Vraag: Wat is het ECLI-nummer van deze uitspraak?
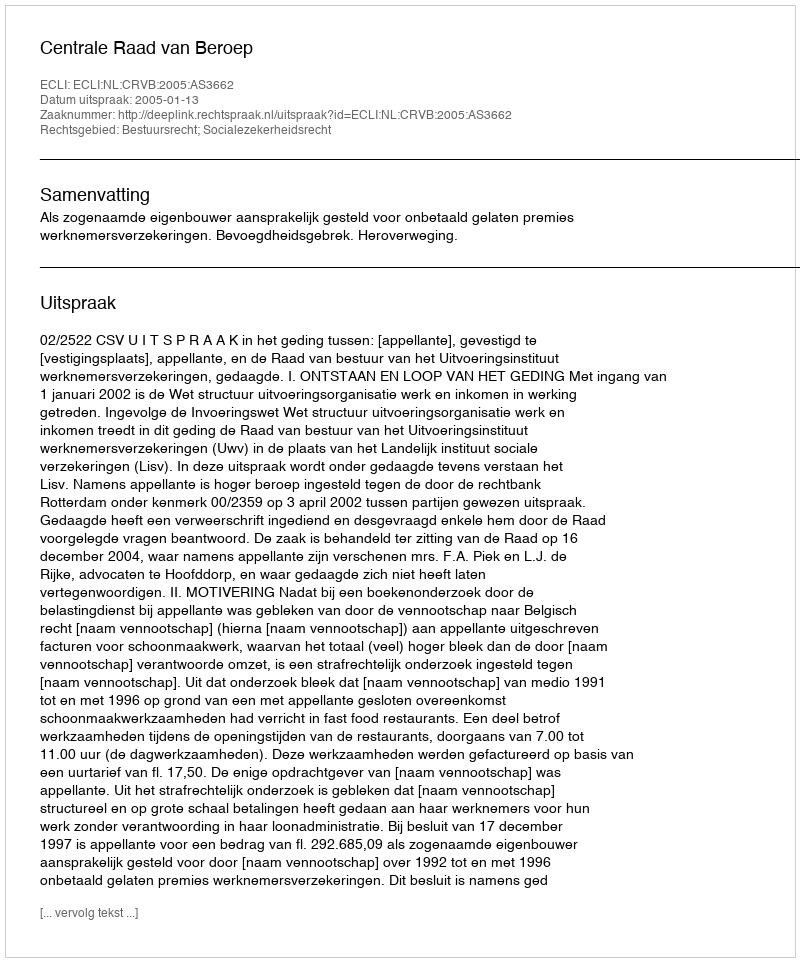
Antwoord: ECLI:NL:CRVB:2005:AS3662